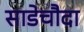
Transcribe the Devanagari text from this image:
साडेचौदा